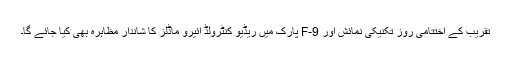
تقریب کے اختتامی روز تکنیکی نمائش اور F-9 پارک میں ریڈیو کنٹرولڈ ائیرو ماڈلز کا شاندار مظاہرہ بھی کیا جائے گا۔